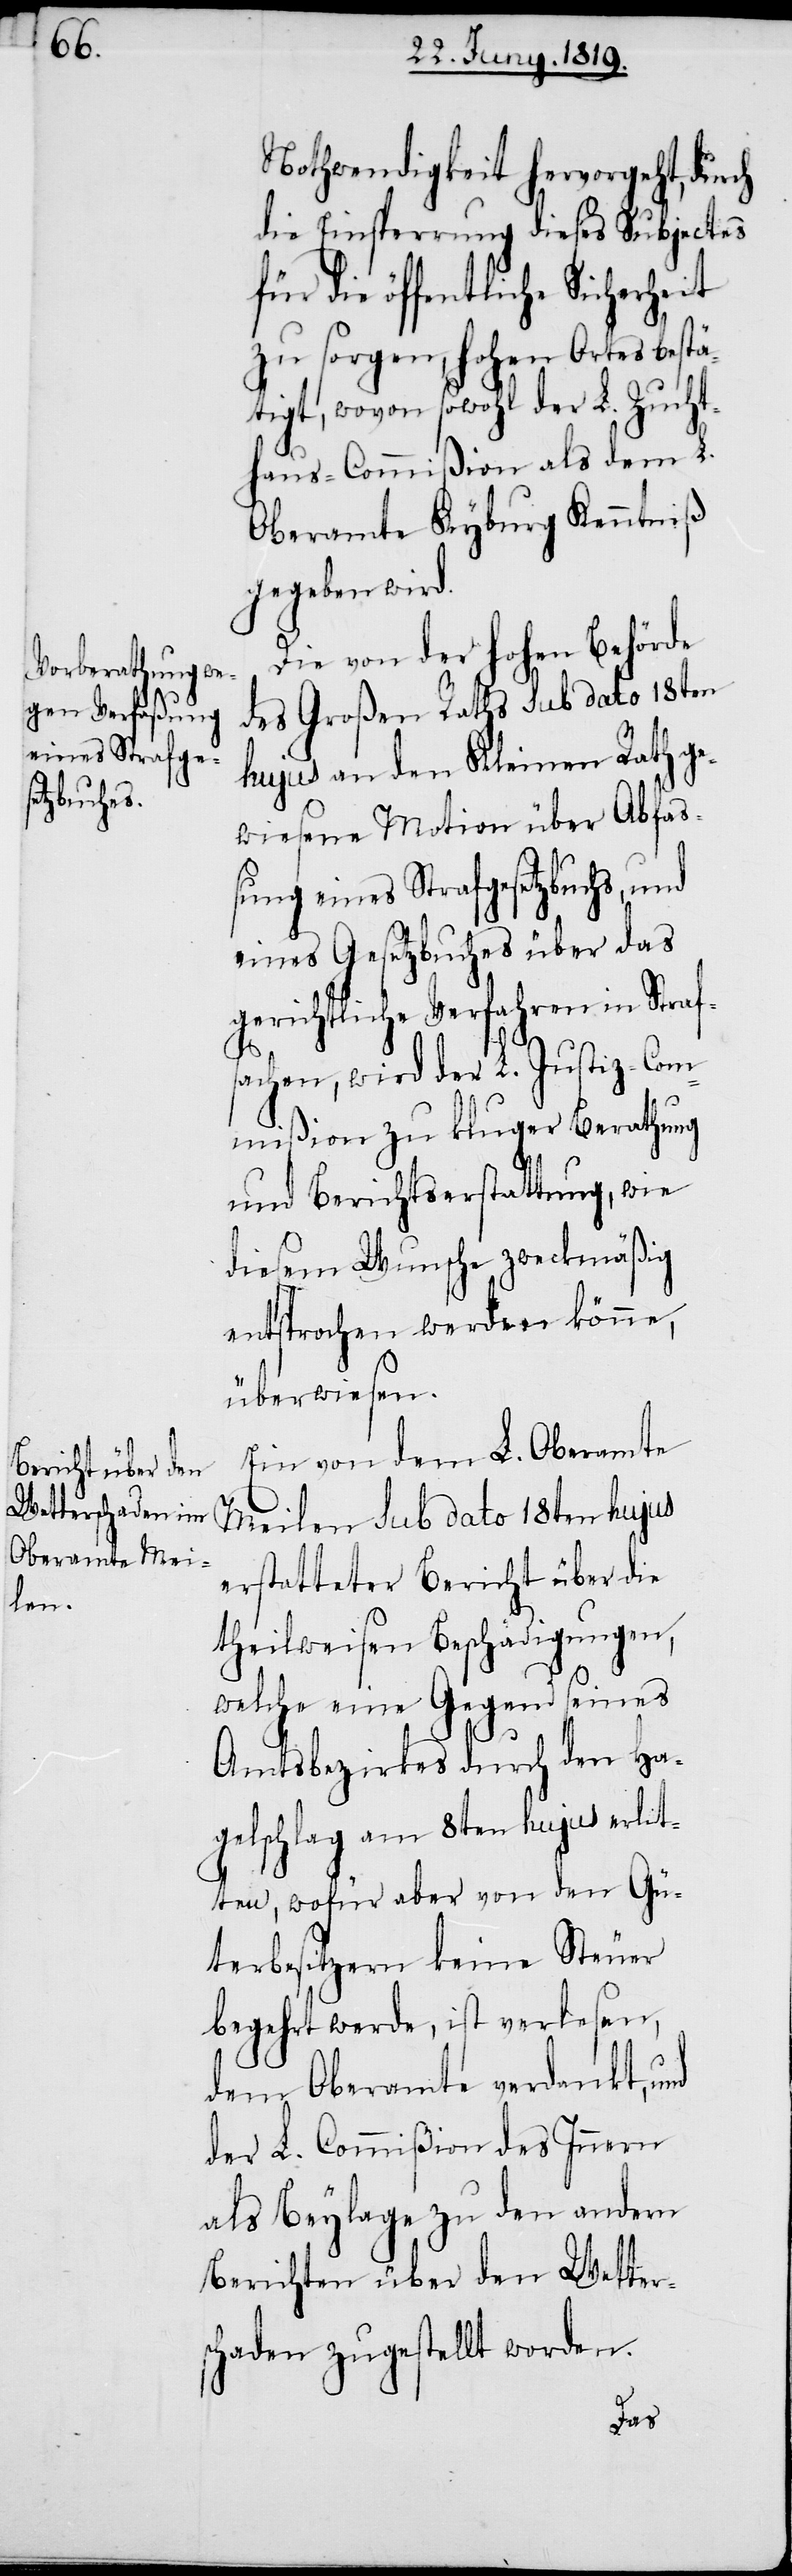
Nothwendigkeit hervorgeht, durch
die Einsperrung dieses Subjectes
die öffentliche Sicherheit
zu sorgen, hohen Ortes bestä¬
tigt, wovon sowohl der L. Zucht¬
haus-Commißion als dem L.
Oberamte Kyburg Kenntniß
gegeben wird.
Die von der hohen Behörde
des Großen Raths sub dato 18ten
hujus an den Kleinen Rath ge¬
wiesene Motion über Abfas¬
sung eines Strafgesetzbuchs, und
eines Gesetzbuches über das
gerichtliche Verfahren in Straf¬
sachen, wird der L. Justiz-Com¬
mißion zu kluger Berathung
und Berichtserstattung, wie
diesem Wunsche zweckmäßig
entsprochen werden könne,
überwiesen.
Ein von dem L. Oberamte
erstatteter Bericht über die
theilweisen Beschädigungen,
welche eine Gegend seines
Amtsbezirkes durch den Ha¬
gelschlag am 8ten hujus erlit¬
ten, wofür aber von den Gü¬
terbesitzern keine Steuer
begehrt werde, ist verlesen,
dem Oberamte verdankt, und
der L. Commißion des Innern
als Beylage zu den andern
Berichten über den Wetter¬
schaden zugestellt worden.